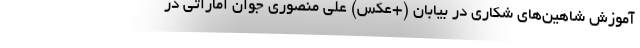
آموزش شاهین‌های شکاری در بیابان (+عکس) علی منصوری جوان اماراتی در